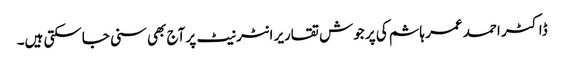
ڈاکٹر احمد عمر ہاشم کی پر جوش تقاریر انٹر نیٹ پر آج بھی سنی جاسکتی ہیں۔